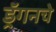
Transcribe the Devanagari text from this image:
ड्रॅगनचे